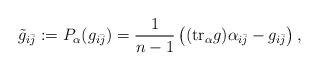
LaTeX: \begin{align*} \tilde{g}_{i\bar j} := P_\alpha(g_{i\bar j}) = \frac{1}{n-1}\left( (\mathrm{tr}_\alpha g) \alpha_{i\bar j} - g_{i\bar j}\right), \end{align*}